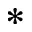
*